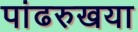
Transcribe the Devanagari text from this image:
पांढरुखया